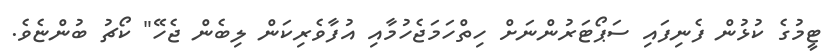
ޓީމުގެ ކުޅުން ފެނިފައި ސަޕޯޓަރުންނަށް ހިތްހަމަޖެހުމާއި އުފާވެރިކަން ލިބެން ޖެހޭ" ކޯޗު ބުންޏެވެ.